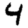
Digit: 4